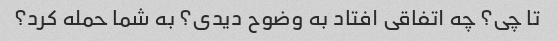
تا چی؟ چه اتفاقی افتاد به وضوح دیدی؟ به شما حمله کرد؟